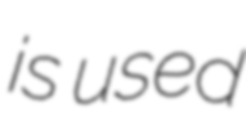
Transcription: is used